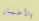
والأخبار